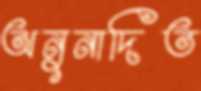
অনুনাদিত